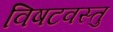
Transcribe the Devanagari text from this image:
विषटवस्तु